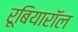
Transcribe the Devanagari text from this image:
रूबियारॉल